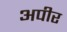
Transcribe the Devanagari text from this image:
अपीर